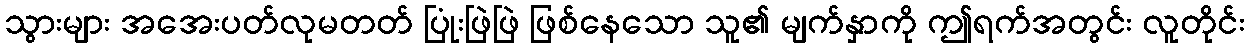
သွားများ အအေးပတ်လုမတတ် ပြုံးဖြဲဖြဲ ဖြစ်နေသော သူ၏ မျက်နှာကို ဤရက်အတွင်း လူတိုင်း